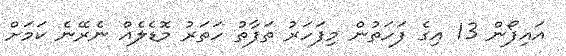
އައިފޯން 13 އިގެ ފަހަތުން މިފަހަރު ތަފާތު ހަތަރު މޮޑެލެއް ނެރޭނެ ކަމަށް